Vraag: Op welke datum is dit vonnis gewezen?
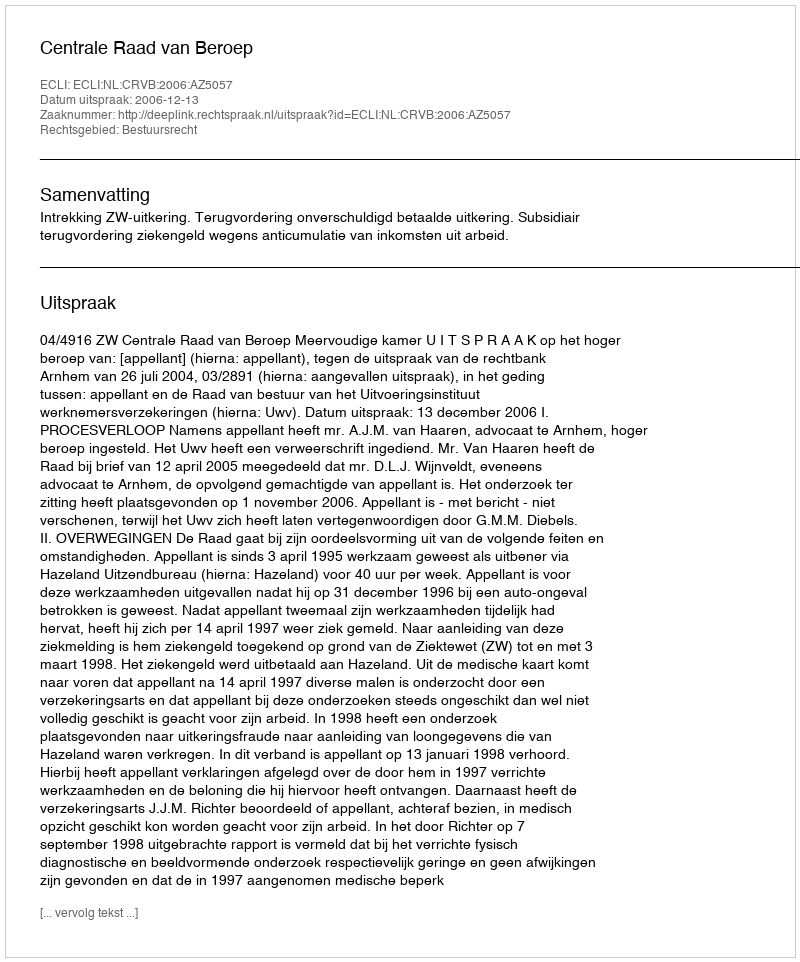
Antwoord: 2006-12-13